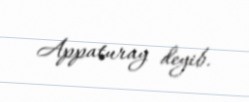
Appaturay deyib.